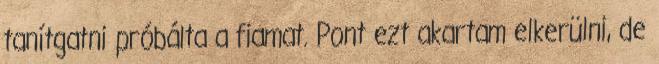
tanítgatni próbálta a fiamat. Pont ezt akartam elkerülni, de